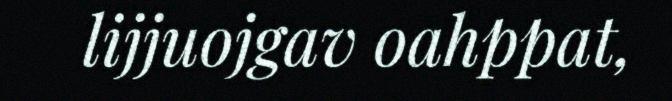
lijjuojgav oahppat,